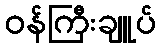
ဝန်ကြီးချူပ်